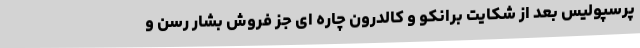
پرسپولیس بعد از شکایت برانکو و کالدرون چاره ای جز فروش بشار رسن و